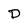
Character: D